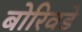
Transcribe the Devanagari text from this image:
बोरिवडे